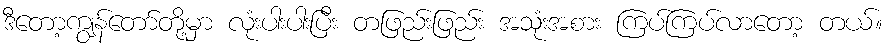
ဒီတော့ကျွန်တော်တို့မှာ လုံးပါးပါးပြီး တဖြည်းဖြည်း အသုံးအစား ကြပ်ကြပ်လာတော့ တယ်။